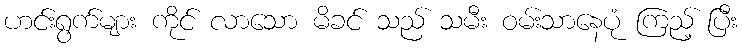
ဟင်းရွက်များ ကိုင် လာသော မိခင် သည် သမီး ဝမ်းသာနေပုံ ကြည့် ပြီး